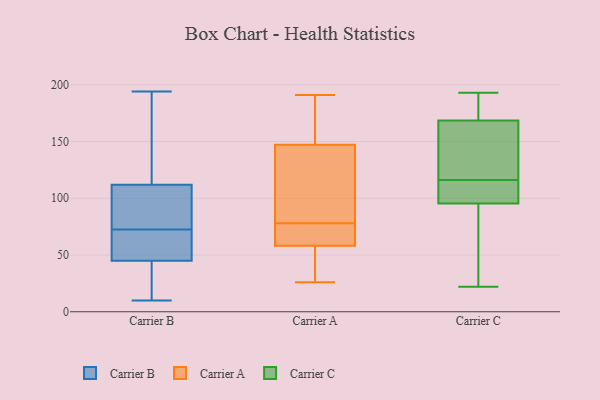
{"axis": {"x": "Active Users", "y": "Value"}, "legend": ["Carrier A", "Carrier B", "Carrier C"], "data": [{"x": "", "y": 34, "type": "Carrier B"}, {"x": "", "y": 35, "type": "Carrier B"}, {"x": "", "y": 10, "type": "Carrier B"}, {"x": "", "y": 52, "type": "Carrier B"}, {"x": "", "y": 163, "type": "Carrier B"}, {"x": "", "y": 85, "type": "Carrier B"}, {"x": "", "y": 109, "type": "Carrier B"}, {"x": "", "y": 151, "type": "Carrier B"}, {"x": "", "y": 31, "type": "Carrier B"}, {"x": "", "y": 108, "type": "Carrier B"}, {"x": "", "y": 194, "type": "Carrier B"}, {"x": "", "y": 62, "type": "Carrier B"}, {"x": "", "y": 56, "type": "Carrier B"}, {"x": "", "y": 78, "type": "Carrier B"}, {"x": "", "y": 67, "type": "Carrier B"}, {"x": "", "y": 45, "type": "Carrier B"}, {"x": "", "y": 163, "type": "Carrier B"}, {"x": "", "y": 112, "type": "Carrier B"}, {"x": "", "y": 89, "type": "Carrier A"}, {"x": "", "y": 55, "type": "Carrier A"}, {"x": "", "y": 54, "type": "Carrier A"}, {"x": "", "y": 191, "type": "Carrier A"}, {"x": "", "y": 149, "type": "Carrier A"}, {"x": "", "y": 72, "type": "Carrier A"}, {"x": "", "y": 26, "type": "Carrier A"}, {"x": "", "y": 145, "type": "Carrier A"}, {"x": "", "y": 148, "type": "Carrier A"}, {"x": "", "y": 68, "type": "Carrier A"}, {"x": "", "y": 78, "type": "Carrier A"}, {"x": "", "y": 93, "type": "Carrier C"}, {"x": "", "y": 192, "type": "Carrier C"}, {"x": "", "y": 22, "type": "Carrier C"}, {"x": "", "y": 98, "type": "Carrier C"}, {"x": "", "y": 27, "type": "Carrier C"}, {"x": "", "y": 165, "type": "Carrier C"}, {"x": "", "y": 110, "type": "Carrier C"}, {"x": "", "y": 193, "type": "Carrier C"}, {"x": "", "y": 116, "type": "Carrier C"}, {"x": "", "y": 152, "type": "Carrier C"}, {"x": "", "y": 172, "type": "Carrier C"}, {"x": "", "y": 116, "type": "Carrier C"}]}